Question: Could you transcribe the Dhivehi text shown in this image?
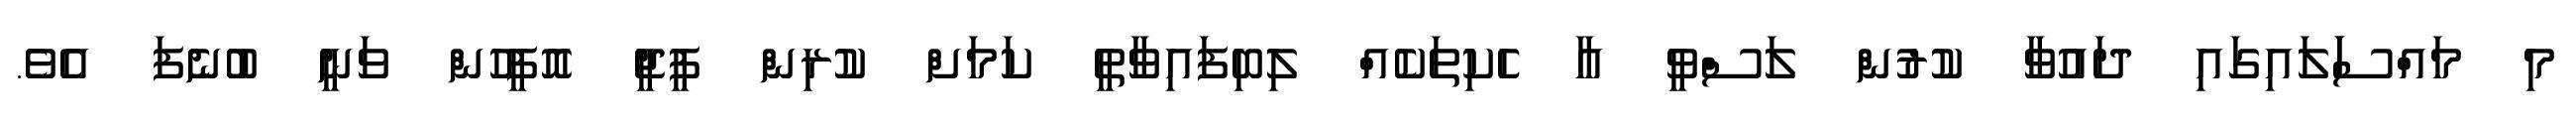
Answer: މި މައްސަަލައިގައި ދައުވާ ކުރުން ލަސްވީ އާ ހެކިތަކެއް ލިބިފައިވާތީ ކަމަށް ކުރިން ޕީޖީ އޮފީހުން ވަނީ ބުނެފަ އެވެ.